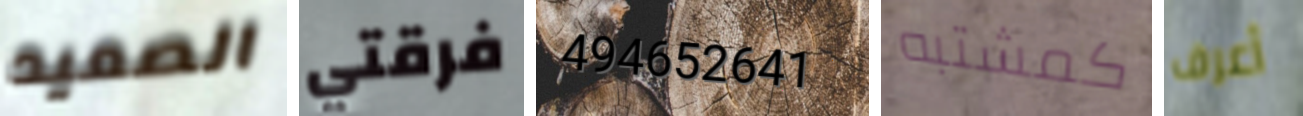
الصعيد فرقتي 494652641 كمشتبه أعرف